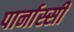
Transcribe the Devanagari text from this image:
पार्नास्सी